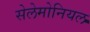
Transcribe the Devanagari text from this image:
सेलेमोनियल